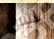
إيليس